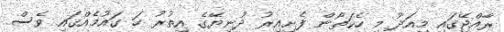
ރާއްޖޭގައި މިއަދު މި ހެކަތޯން ފެށިއިރު ދުނިޔޭގެ އިތުރު ހަ ގައުމެއްގައި ވެސް